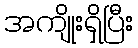
အကျိုးရှိပြီး